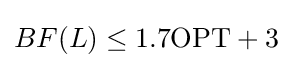
BF(L)\leq 1.7\mathrm {OPT} +3